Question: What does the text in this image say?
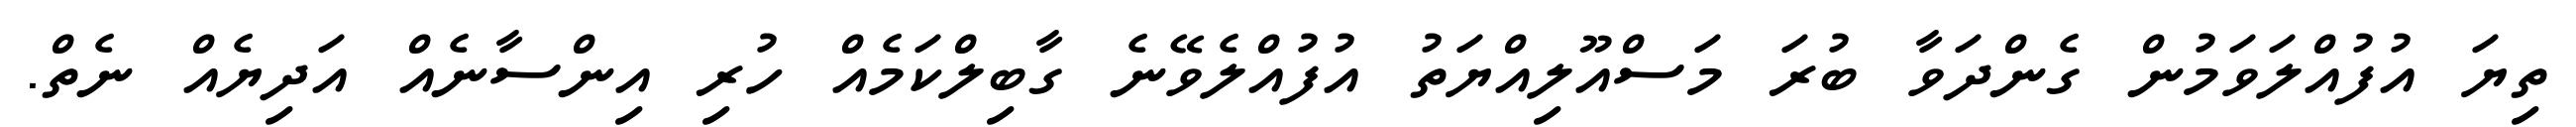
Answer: ތިޔަ އުފުއްލަވަމުން ގެންދަވާ ބުރަ މަސްއޫލިއްޔަތު އުފުއްލެވޭނެ ގާބިލްކަމެއް ހުރި އިންސާނެއް އަދިޔެއް ނެތް.